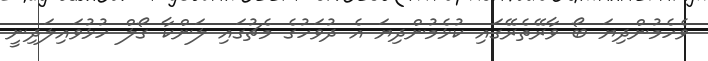
ވެހެމުންދިޔަ ބޯ ވާރޭތެރޭގައި ކުޅެމުންދިޔަ އެ ދުވަހުގެ މެޗުގައި ލަންކާ ގޯލް ހުޅުވައިލަދިނީ